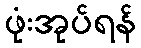
ဖုံးအုပ်ရန်